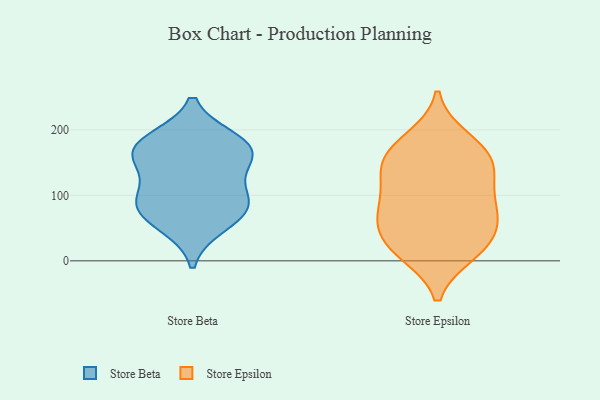
{"axis": {"x": "Population (Million)", "y": "Value"}, "legend": ["Store Beta", "Store Epsilon"], "data": [{"x": "", "y": 93, "type": "Store Beta"}, {"x": "", "y": 160, "type": "Store Beta"}, {"x": "", "y": 54, "type": "Store Beta"}, {"x": "", "y": 184, "type": "Store Beta"}, {"x": "", "y": 104, "type": "Store Beta"}, {"x": "", "y": 168, "type": "Store Beta"}, {"x": "", "y": 73, "type": "Store Beta"}, {"x": "", "y": 84, "type": "Store Beta"}, {"x": "", "y": 179, "type": "Store Beta"}, {"x": "", "y": 151, "type": "Store Beta"}, {"x": "", "y": 73, "type": "Store Epsilon"}, {"x": "", "y": 151, "type": "Store Epsilon"}, {"x": "", "y": 17, "type": "Store Epsilon"}, {"x": "", "y": 11, "type": "Store Epsilon"}, {"x": "", "y": 134, "type": "Store Epsilon"}, {"x": "", "y": 81, "type": "Store Epsilon"}, {"x": "", "y": 96, "type": "Store Epsilon"}, {"x": "", "y": 12, "type": "Store Epsilon"}, {"x": "", "y": 89, "type": "Store Epsilon"}, {"x": "", "y": 42, "type": "Store Epsilon"}, {"x": "", "y": 139, "type": "Store Epsilon"}, {"x": "", "y": 175, "type": "Store Epsilon"}, {"x": "", "y": 45, "type": "Store Epsilon"}, {"x": "", "y": 187, "type": "Store Epsilon"}, {"x": "", "y": 169, "type": "Store Epsilon"}, {"x": "", "y": 138, "type": "Store Epsilon"}, {"x": "", "y": 54, "type": "Store Epsilon"}]}